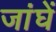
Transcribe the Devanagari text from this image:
जांघें